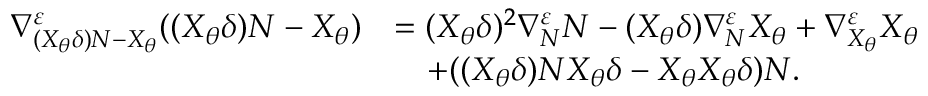
\begin{array} { r l } { \nabla _ { ( X _ { \theta } \delta ) N - X _ { \theta } } ^ { \varepsilon } ( ( X _ { \theta } \delta ) N - X _ { \theta } ) } & { = ( X _ { \theta } \delta ) ^ { 2 } \nabla _ { N } ^ { \varepsilon } N - ( X _ { \theta } \delta ) \nabla _ { N } ^ { \varepsilon } X _ { \theta } + \nabla _ { X _ { \theta } } ^ { \varepsilon } X _ { \theta } } \\ & { \quad + ( ( X _ { \theta } \delta ) N X _ { \theta } \delta - X _ { \theta } X _ { \theta } \delta ) N . } \end{array}